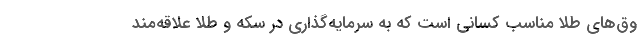
وق‌های طلا مناسب کسانی است که به سرمایه‌گذاری در سکه و طلا علاقه‌مند